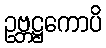
ဥဗ္ဘဋ္ဌကောပိ